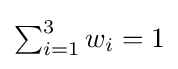
{\textstyle \sum _{i=1}^{3}w_{i}=1}